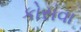
કોસવા